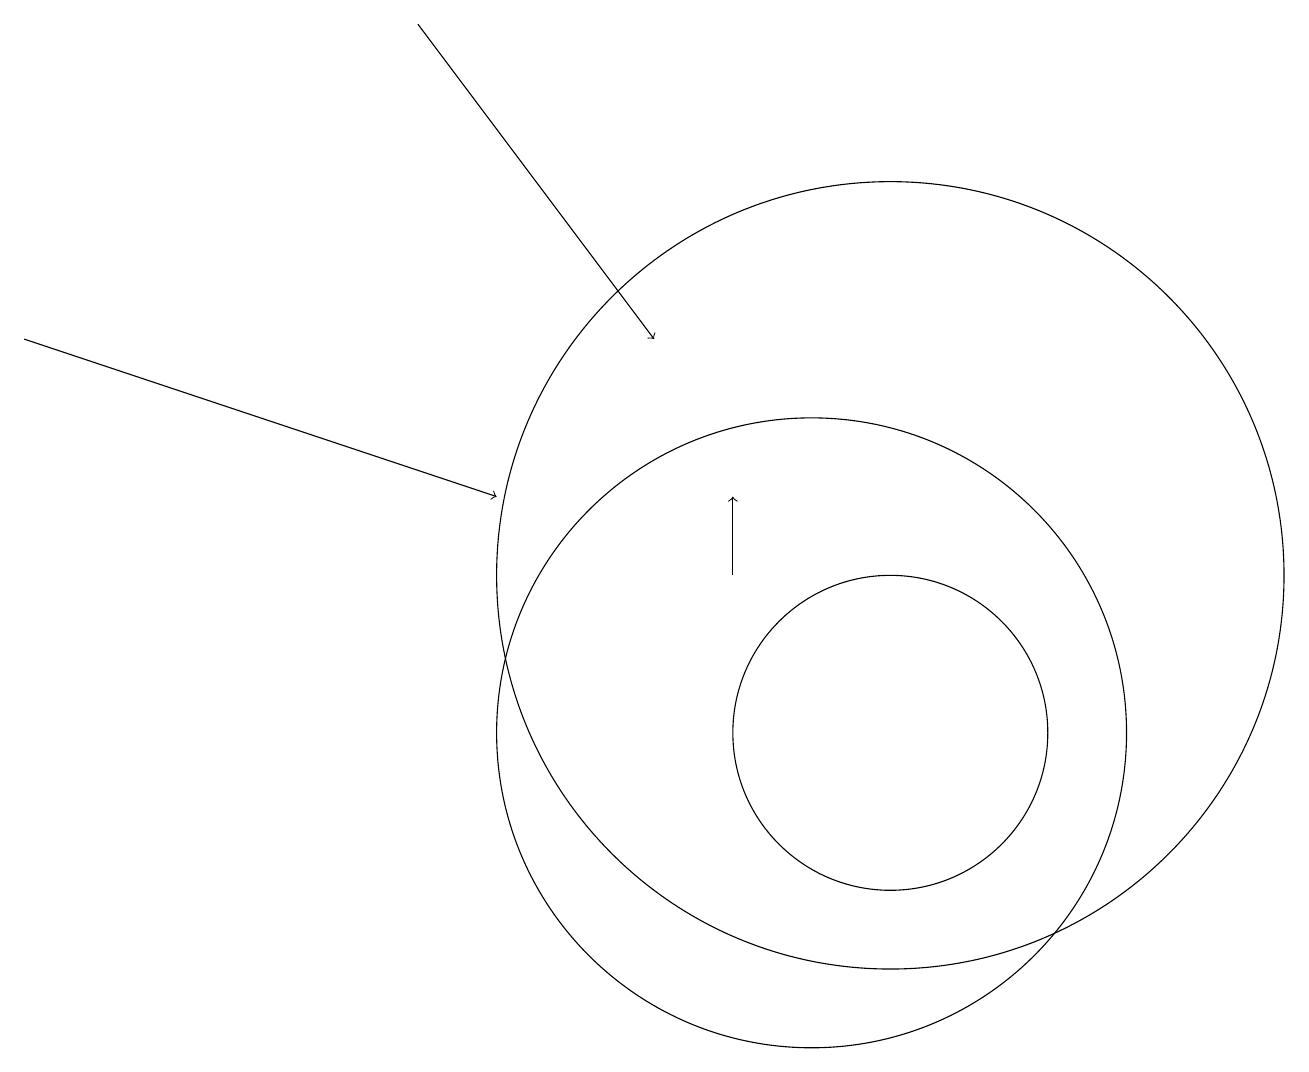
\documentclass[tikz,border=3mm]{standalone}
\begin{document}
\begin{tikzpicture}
\draw[->] (0,15) -- (6,13);
\draw (10,10) circle (4);
\draw[->] (9,12) -- (9,13);
\draw (11,12) circle (5);
\draw (11,10) circle (2);
\draw[->] (5,19) -- (8,15);
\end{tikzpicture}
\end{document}